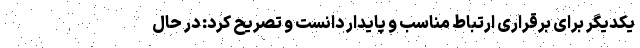
یکدیگر برای برقراری ارتباط مناسب و پایدار دانست و تصریح کرد: در حال